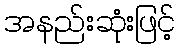
အနည်းဆုံးဖြင့်